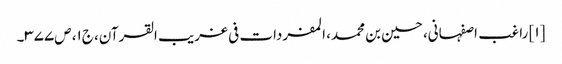
[۱] راغب اصفہانی، حسین بن محمد، المفردات فی غریب القرآن، ج۱، ص۳۷۷۔